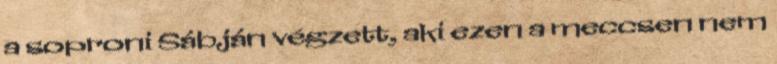
a soproni Sábján végzett, aki ezen a meccsen nem